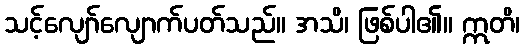
သင့်လျော်လျောက်ပတ်သည်။ အသိ၊ ဖြစ်ပါ၏။ ဣတိ၊